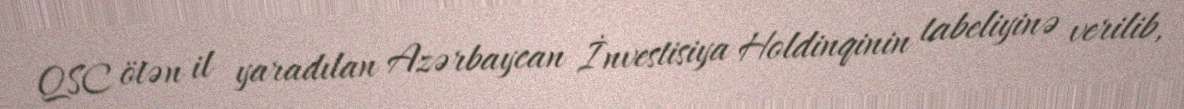
QSC ötən il yaradılan Azərbaycan İnvestisiya Holdinqinin tabeliyinə verilib,